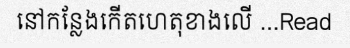
នៅកន្លែងកើតហេតុខាងលើ ...Read